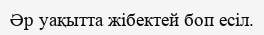
Әр уақытта жібектей боп есіл.